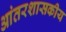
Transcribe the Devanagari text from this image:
आंतरशासकीय